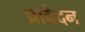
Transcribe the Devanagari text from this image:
प्रावेदन